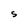
Character: S